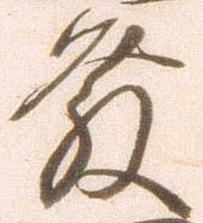
発